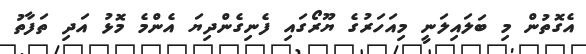
އެގޮތުން މި ބަލައިލަނީ މިއަހަރުގެ ޔޫރޯގައި ފެނިގެންދިޔަ އެންމެ މޮޅު އަދި ތަފާތު